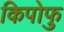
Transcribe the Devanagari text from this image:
किपोफु